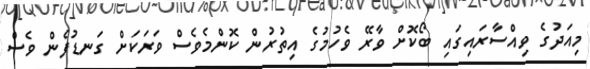
މިއަދުގެ ވިއްސާރައިގައި ބޯކޮށް ވާރޭ ވެހުމުގެ އިތުރުން ކޮންމެވެސް ވަރަކަށް ގަނޑުފެން ވެސް